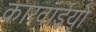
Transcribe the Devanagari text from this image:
कारवाईयों